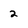
Character: 2